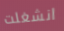
انشغلت